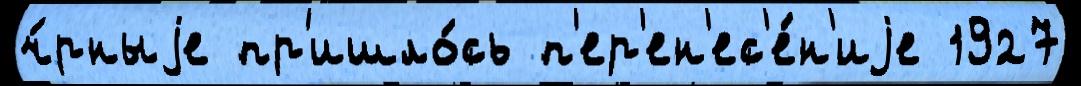
ч́рныjе пр'ишло́сь п'ер'ен'ес'е́н'иjе 1927